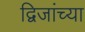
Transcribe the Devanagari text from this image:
द्विजांच्या